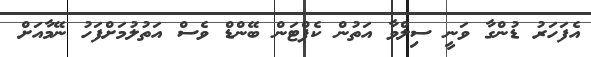
އެފަހަރު ޑުންގާ ވަނީ ސިލްވާ އަތުން ކެޕްޓަން ބޭންޑް ވެސް އަތުލުމަށްފަހު ނޭމާއަށް